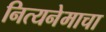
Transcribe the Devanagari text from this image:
नित्यनेमाचा